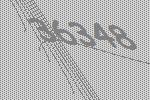
36348